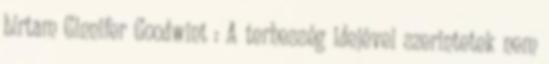
bírtam Ginnifer Goodwint : A terhesség idejével szerintetek nem